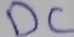
Text: DC